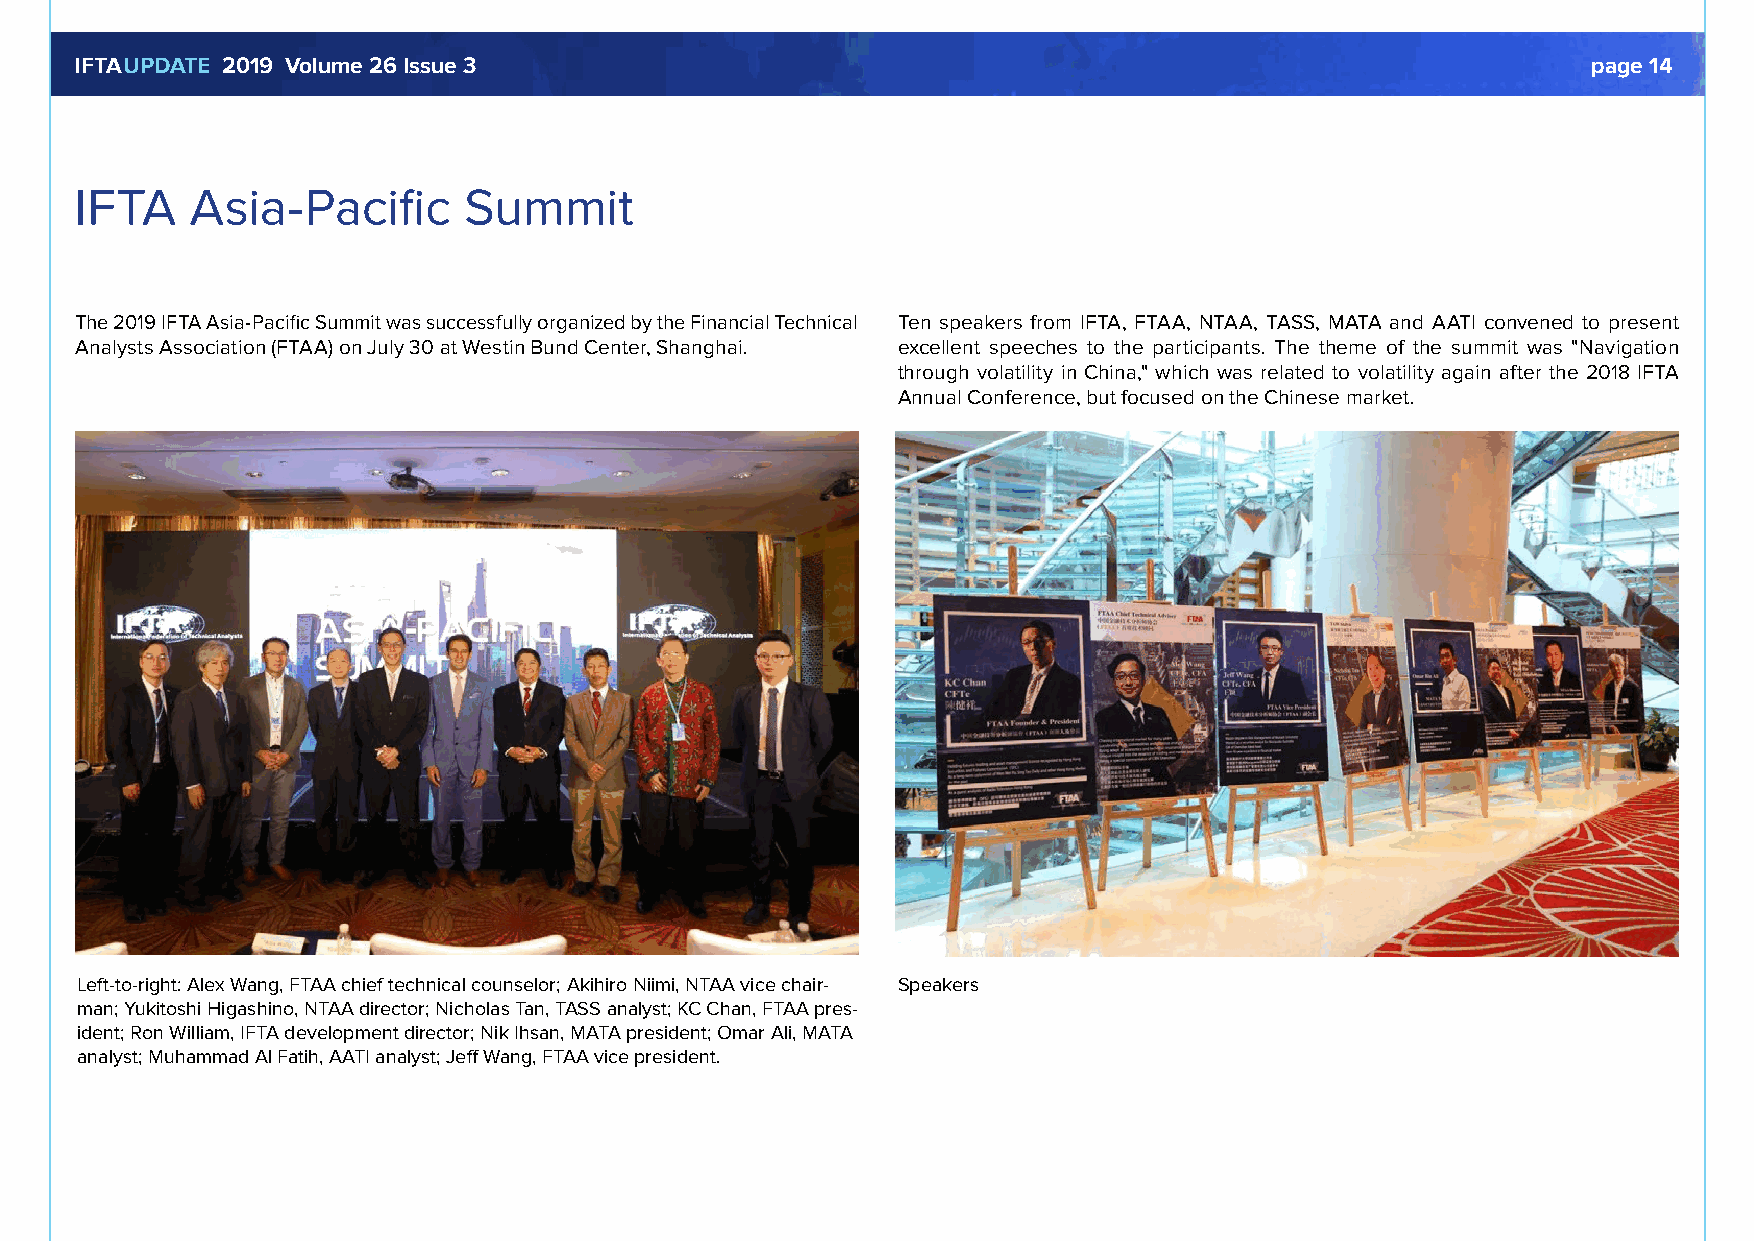
IFTAUPDATE 2019 Volume 26 Issue 3                                                                   page 14
 IFTA    Asia-Pacific      Summit
 The 2019 IFTA Asia-Pacific Summit was successfully organized by the Financial Technical Ten speakers from IFTA, FTAA, NTAA, TASS, MATA and AATI convened to present
 Analysts Association (FTAA) on July 30 at Westin Bund Center, Shanghai. excellent speeches to the participants. The theme of the summit was "Navigation
 through volatility in China," which was related to volatility again after the 2018 IFTA
 Annual Conference, but focused on the Chinese market.
 Left-to-right: Alex Wang, FTAA chief technical counselor; Akihiro Niimi, NTAA vice chair- Speakers
 man; Yukitoshi Higashino, NTAA director; Nicholas Tan, TASS analyst; KC Chan, FTAA pres-
 ident; Ron William, IFTA development director; Nik Ihsan, MATA president; Omar Ali, MATA
 analyst; Muhammad Al Fatih, AATI analyst; Jeff Wang, FTAA vice president.